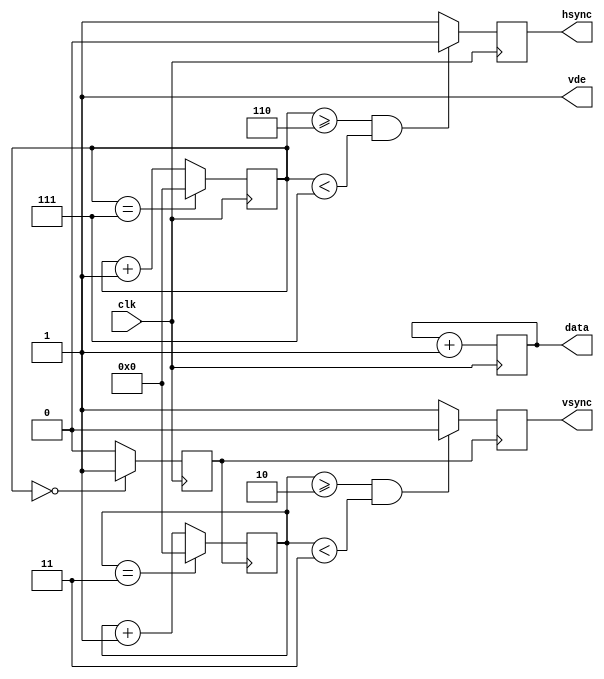
`timescale 1ns / 1ps
//////////////////////////////////////////////////////////////////////////////////
// Company: 
// Engineer: 
// 
// Design Name: 
// Module Name: vga_sim
// Project Name: 
// Target Devices: 
// Tool Versions: 
// Description: 
// 
// Dependencies: 
// 
// Revision:
// Revision 0.01 - File Created
// Additional Comments:
// 
//////////////////////////////////////////////////////////////////////////////////


module vga_sim(
    input clk,
    output [23:0] data,
    output reg hsync,
    output reg vsync,
    output vde
    );

    reg [23:0] rgb = 24'b0;
    reg [3:0] pixel_count = 4'b0;
    reg [3:0] line_count = 4'b0;
    reg newline = 1'b0;

    always @ (posedge clk) begin
        rgb <= rgb + 1'b1;
        pixel_count <= (pixel_count == 4'h7) ? 4'b0 : (pixel_count + 1'b1);
    end

    always @ (posedge clk) begin
        if (pixel_count >= 4'h6 && pixel_count < 4'h7)
            hsync <= 1'b0;
        else
            hsync <= 1'b1;
    end

    always @ (posedge clk) begin
        if (pixel_count == 4'b0)
            newline <= 1'b1;
        else
            newline <= 1'b0;
    end

    always @ (posedge newline) begin
        line_count <= (line_count == 4'h3) ? 4'b0 : (line_count + 1'b1);
    end

    always @ (posedge newline) begin
        if (line_count >= 4'h2 && line_count < 4'h3)
            vsync <= 1'b0;
        else
            vsync <= 1'b1;
    end

    assign data = rgb;
    assign vde = 1'b1;

endmodule